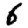
Digit: 6